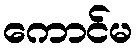
ကောင်မ